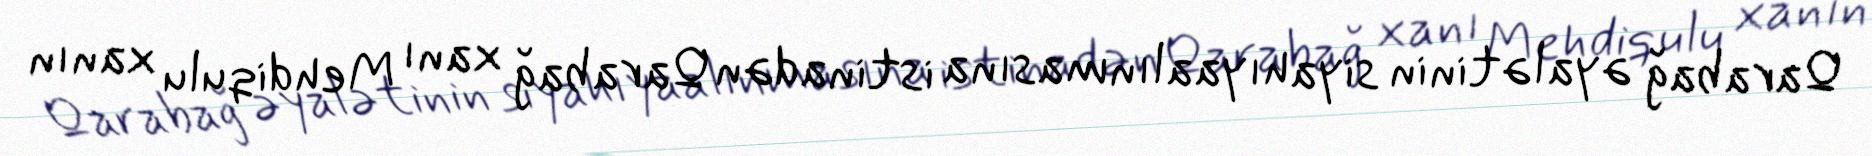
Qarabağ əyalətinin siyahıyaalınmasına istinadən Qarabağ xanı Mehdiqulu xanın